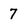
Character: 7